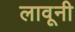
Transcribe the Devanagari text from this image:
लावूनी